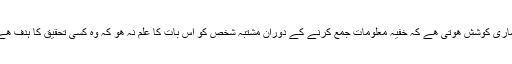
ھماری کوشش ھوتی ھے کہ خفيہ معلومات جمع کرنے کے دوران مشتبہ شخص کو اس بات کا علم نہ ھو کہ وہ کسی تحقيق کا ہدف ھے ۔